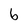
Character: b